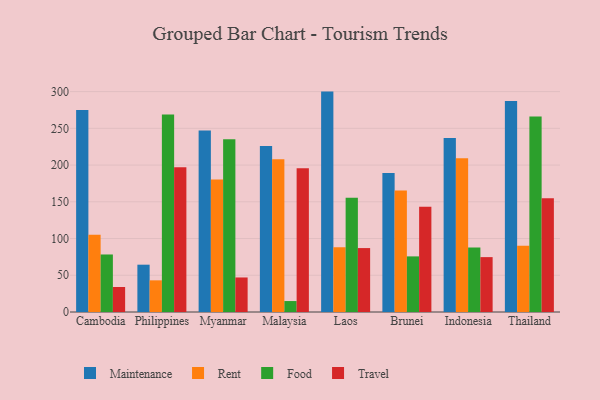
{"axis": {"x": "Country", "y": "Customer Acquisition Cost (USD)"}, "legend": ["Food", "Maintenance", "Rent", "Travel"], "data": [{"x": "Cambodia", "y": 274.8, "type": "Maintenance"}, {"x": "Cambodia", "y": 105.1, "type": "Rent"}, {"x": "Cambodia", "y": 78.3, "type": "Food"}, {"x": "Cambodia", "y": 34.0, "type": "Travel"}, {"x": "Philippines", "y": 64.4, "type": "Maintenance"}, {"x": "Philippines", "y": 43.1, "type": "Rent"}, {"x": "Philippines", "y": 268.7, "type": "Food"}, {"x": "Philippines", "y": 196.9, "type": "Travel"}, {"x": "Myanmar", "y": 246.9, "type": "Maintenance"}, {"x": "Myanmar", "y": 180.5, "type": "Rent"}, {"x": "Myanmar", "y": 235.1, "type": "Food"}, {"x": "Myanmar", "y": 47.0, "type": "Travel"}, {"x": "Malaysia", "y": 226.0, "type": "Maintenance"}, {"x": "Malaysia", "y": 207.9, "type": "Rent"}, {"x": "Malaysia", "y": 14.9, "type": "Food"}, {"x": "Malaysia", "y": 195.6, "type": "Travel"}, {"x": "Laos", "y": 300.0, "type": "Maintenance"}, {"x": "Laos", "y": 88.1, "type": "Rent"}, {"x": "Laos", "y": 155.5, "type": "Food"}, {"x": "Laos", "y": 87.0, "type": "Travel"}, {"x": "Brunei", "y": 189.3, "type": "Maintenance"}, {"x": "Brunei", "y": 165.3, "type": "Rent"}, {"x": "Brunei", "y": 75.7, "type": "Food"}, {"x": "Brunei", "y": 143.3, "type": "Travel"}, {"x": "Indonesia", "y": 237.0, "type": "Maintenance"}, {"x": "Indonesia", "y": 209.4, "type": "Rent"}, {"x": "Indonesia", "y": 87.7, "type": "Food"}, {"x": "Indonesia", "y": 74.7, "type": "Travel"}, {"x": "Thailand", "y": 287.3, "type": "Maintenance"}, {"x": "Thailand", "y": 90.2, "type": "Rent"}, {"x": "Thailand", "y": 266.0, "type": "Food"}, {"x": "Thailand", "y": 154.9, "type": "Travel"}]}